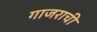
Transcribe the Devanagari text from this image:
गाजराची